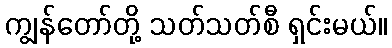
ကျွန်တော်တို့ သတ်သတ်စီ ရှင်းမယ်။